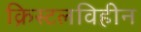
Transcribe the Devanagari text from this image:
क्रिस्टलविहीन